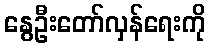
နွေဦးတော်လှန်ရေးကို